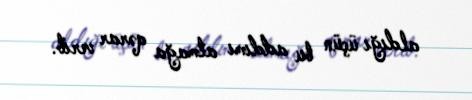
aldığı üçün bu addımı atmağa qərar verib.